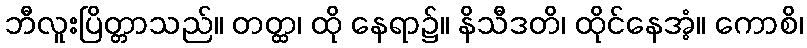
ဘီလူးပြိတ္တာသည်။ တတ္ထ၊ ထို နေရာ၌။ နိသီဒတိ၊ ထိုင်နေအံ့။ ကောစိ၊